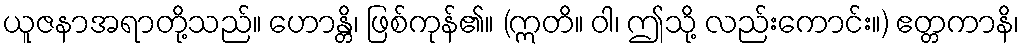
ယူဇနာအရာတို့သည်။ ဟောန္တိ၊ ဖြစ်ကုန်၏။ (ဣတိ။ ဝါ၊ ဤသို့ လည်းကောင်း။) ဧတ္တကာနိ၊